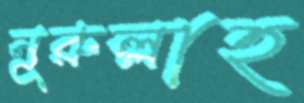
নূরুল্লাহ